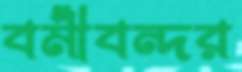
বর্মীবন্দর